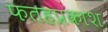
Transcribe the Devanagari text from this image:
फतहप्रकाश